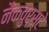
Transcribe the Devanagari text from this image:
नैकवुर्स्टे